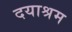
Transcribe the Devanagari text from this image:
दयाश्रम